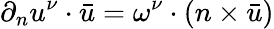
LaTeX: \partial_{n}u^{\nu}\cdot\bar{u}=\omega^{\nu}\cdot(n\times\bar{u})